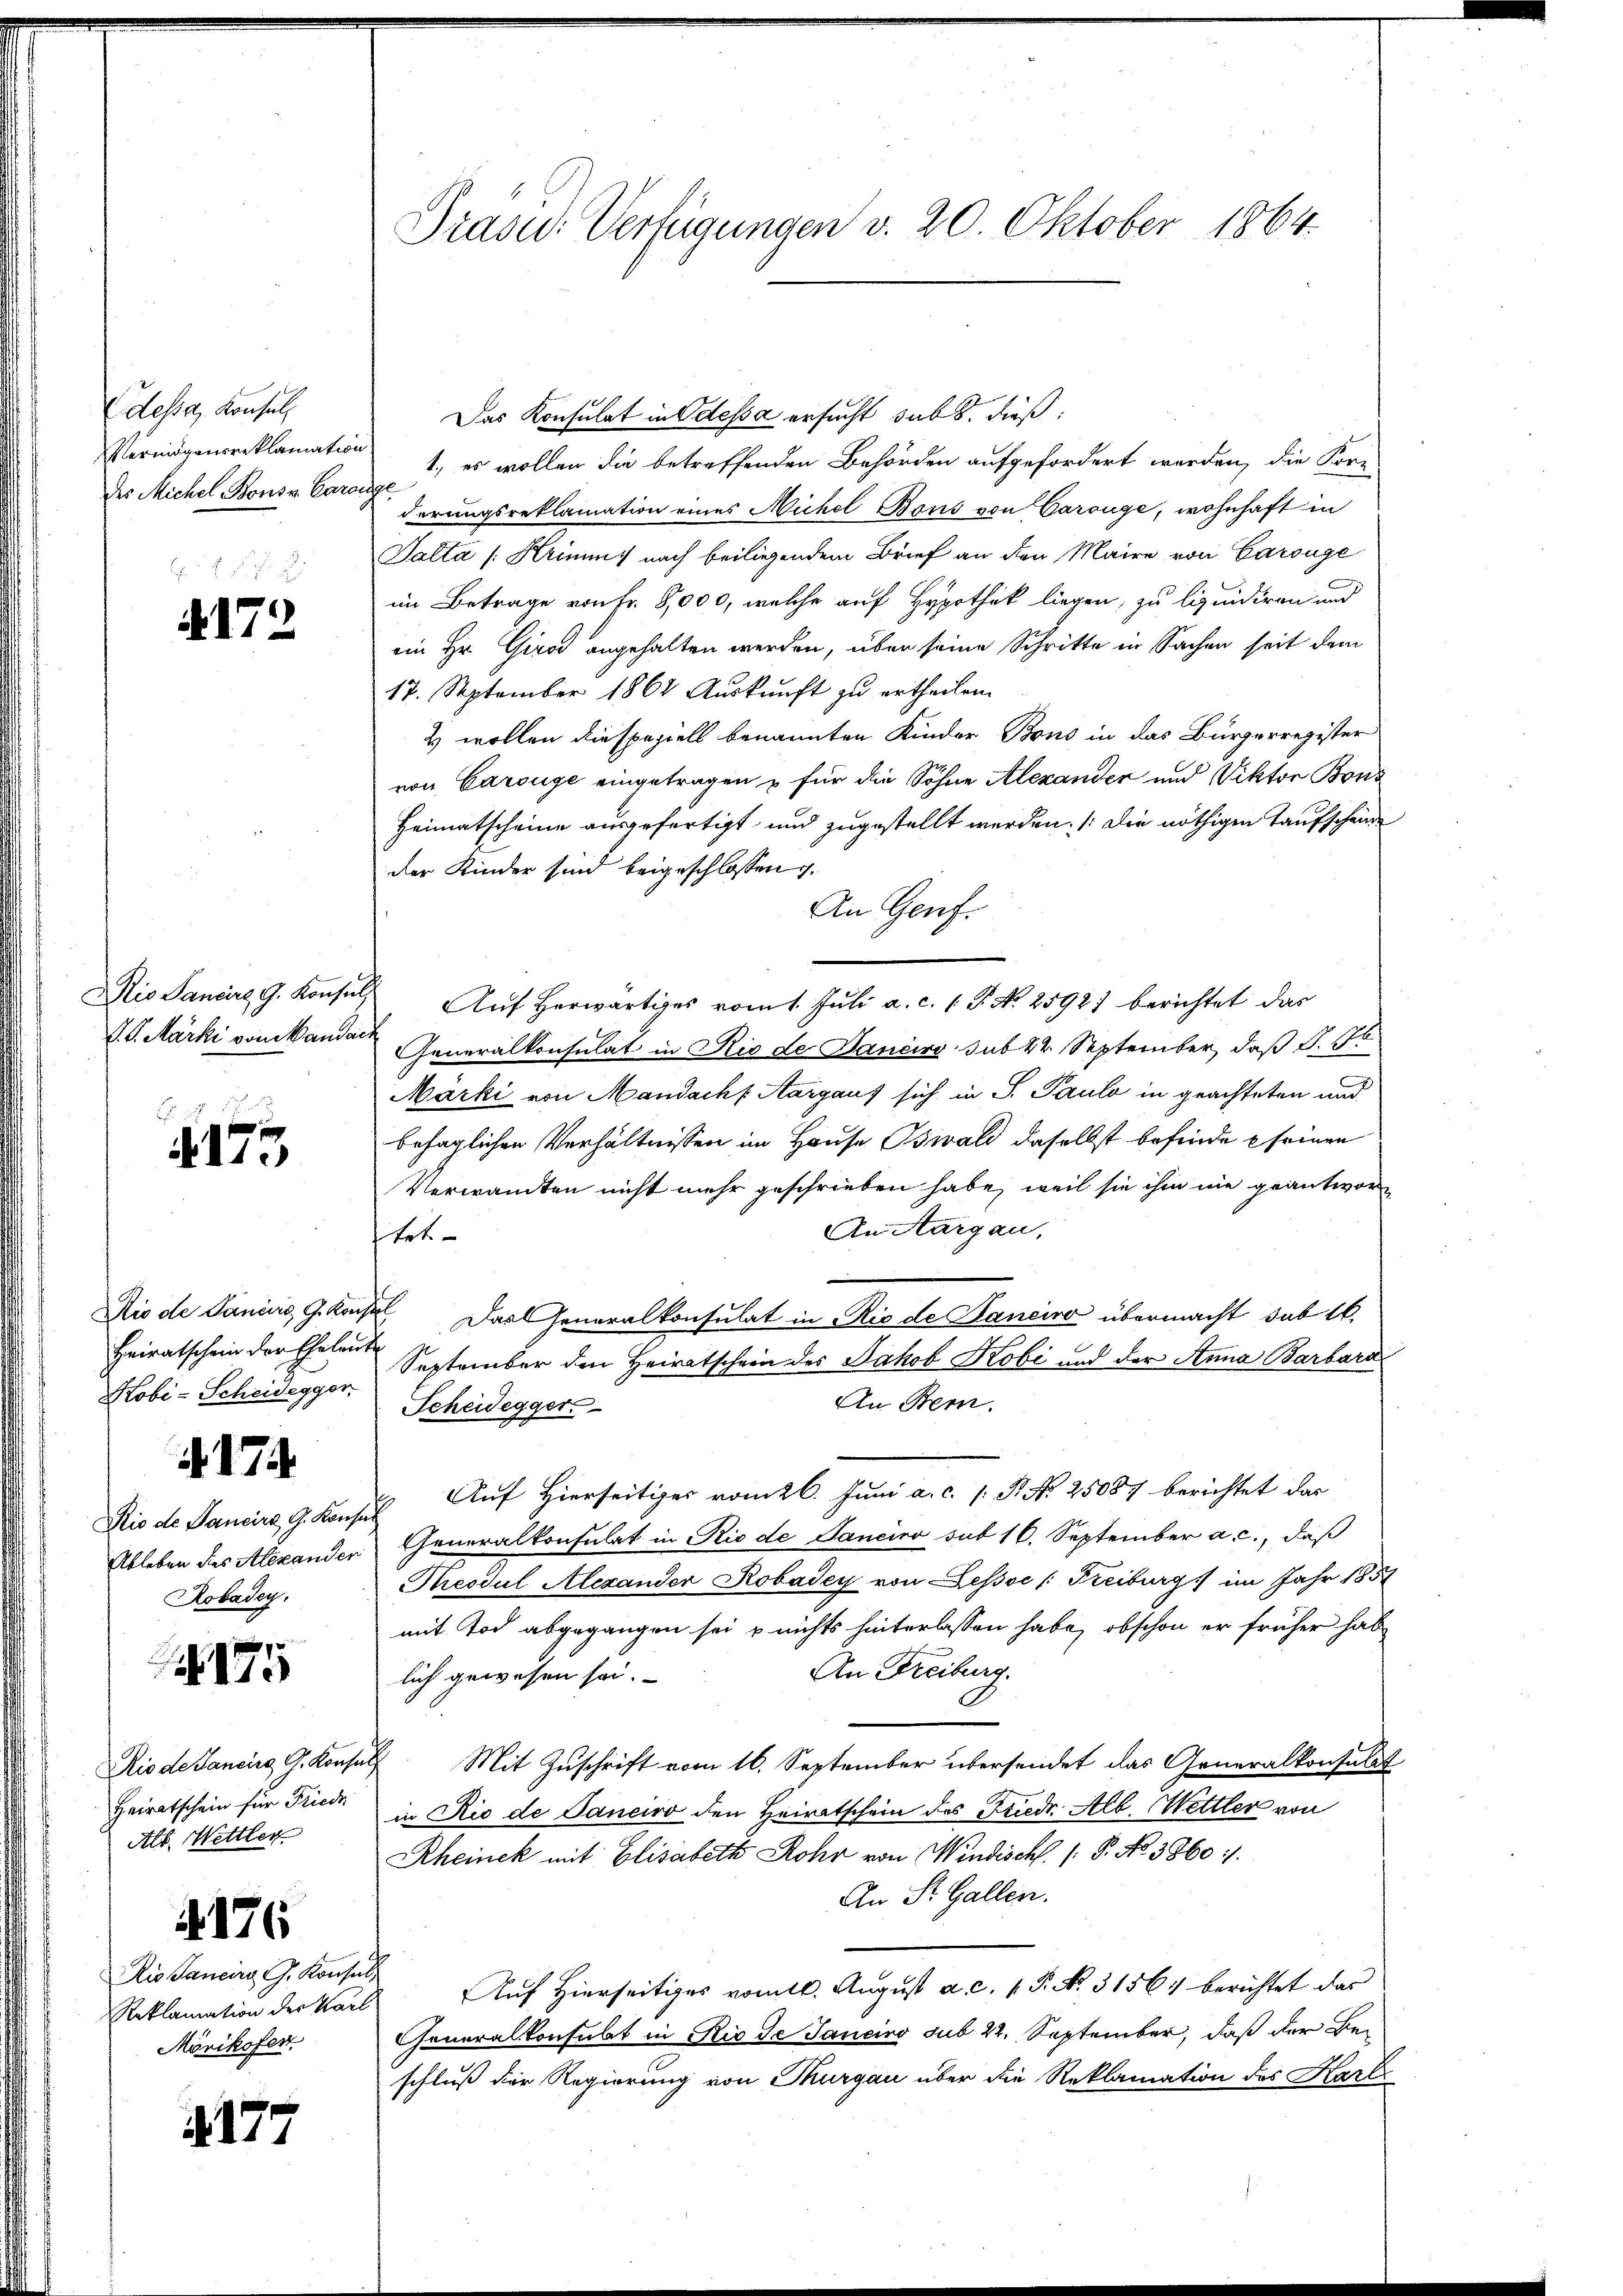
Adessa, Konsul,
Vermögensreklamatio
des Michel Bonsv. Car

b  das
. 172.

Rio Sancirg, G. Konsul
V. P. Märki vom Mandac

175

Dio de Daniers, G. Kons
Heiratschein der Eheleute
Hobi-Scheidegger

Rio de Pancira G. Konst
Ableben des Alexander
Robadey.

A. 174.

175

Rio de Sancira, G. Konse
Heiratschein für Friede
Alb. Wettler

A. 176

Rio Janeiro G. Konsul,
Reklamation der Karl
Mörikofer.

it. 177

Präsid.: Verfügungen v. 20. Oktober 1864.

Das Konsulat in Odessa ersucht subt, dieß¬
1., es wollen die betreffenden Behörden aufgefordert werden, die Kor-
derungsreklamation eines Michel Bons von Carouge, wohnhaft in
Salta [Hrimums nach beiliegendem Brief an den Maire von Carouge
im Betrage von Fr. 8,000, welche auf Hypothek liegen, zu liquidiren und
ein Hr. Girod angehalten werden, über seine Schritte in Sachen seit dem
17. September 1864 Auskunft zu ertheilen.
u wollen die speziell benannten Kinder Bons in das Bürgerregister
von Carouge eingetragen & für die Söhne Alexander und Viktor Bons
Heimatscheine ausgefertigt und zugestellt werden. (Die nöthigen Taufscheine
der Kinder sind beigeschlossen.
An Genf.
Auf herwärtiges vom 1. Juli a. c. 1 S. N. 25921 berichtet das
Generalkonsulat in Rio de Janeiro sub 24. September, daß S. 16
Marki von Mandacht Aargaus sich in S. Pauls in geachteten und
behaglichen Verhältnissen im Hause Bswald daselbst befinde seinen
Verwandten nicht mehr geschrieben habe, weil sie ihm nie geantwor¬
An Aargau,
tet
 Das Generalkonsulat in Rio de Janeiro übermacht sub 10.
September den Heiratschein des Jakob Kobi und der Anna Barbara
An Bern.
Scheidegger
 Auf Hierseitiges vom 26. Juni a. c. 1 P. Nr. 25087 berichtet dar
Generalkonsulat in Rio de Janeiro sub 16. September a.c., daß
Theodul Alexander Robadey von Zessor Freiburg, im Jahr 1858
mit Tod abgegangen sei & nichts hinterlassen habe, obschon er früher hab
An Freiburg.
lich gewesen sei.
2. Mit Zuschrift vom 16. September übersendet das Generalkonsulat
in Rio de Janeiro den Heiratschein des Friede Alb. Wettler von
Rheinek mit Elisabeth Rohr von Windisch. (: P. No. 3860 :/.
An St. Gallen.
Auf Hierseitiges vom 10. August a. c. 1. P. No. 3156) berichtet das
Generalkonsubt in Rio de Janeiro sub 22. September, daß der Beschluß der Regierung von Thurgau über die Reklamation des Karl